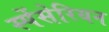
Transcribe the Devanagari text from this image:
स्पेंसेरियन